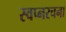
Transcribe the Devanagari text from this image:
स्वप्नरचना